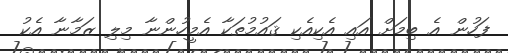
ފަހުން އެ ބިމަށް އައި އެކިއެކި ޤައުމުތަކާ އެމީހުންނާ މިލި ޒަމާނާ އެކު